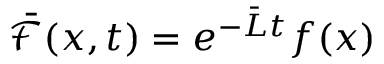
\bar { \mathcal { F } } ( x , t ) = e ^ { - \bar { L } t } f ( x )